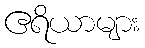
ဧရိယာများ